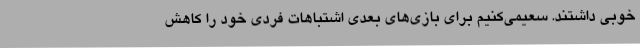
خوبی داشتند. سعیمی‌کنیم برای بازی‌های بعدی اشتباهات فردی خود را کاهش